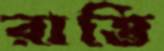
রাত্তি